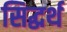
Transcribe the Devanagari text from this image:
सिद्धर्थ